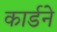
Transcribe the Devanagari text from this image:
कार्डने